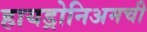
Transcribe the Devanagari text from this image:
हायड्रोनिअमची